Statistics compiled by the Government of India from the reports of provincial Civil Veterinary Departments
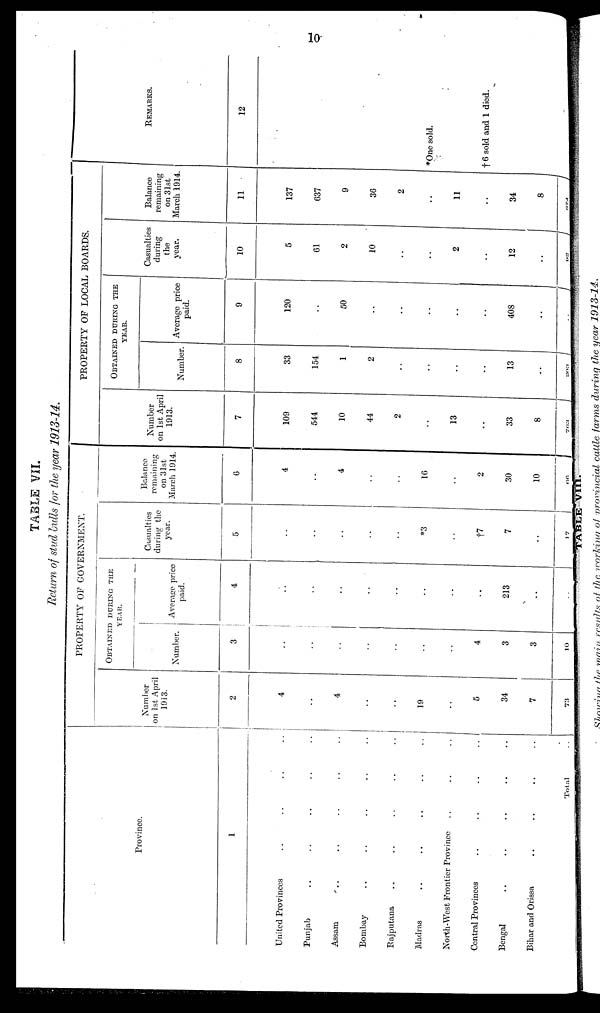
10
TABLE VII.
Return of stud bulls for the year 1913-14.
Province.
1
United Provinces .. .. .. ..
Punjab .. .. .. .. ..
Assam .. .. .. ..
Bombay .. .. .. .. ..
Rajputana .. .. .. ..
Madras .. .. .. .. ..
North-West Frontier Province .. .. ..
Central Provinces .. .. .. .. ..
Bengal .. .. .. ..
Bihar and Orissa .. .. .. ..
Total ..
PROPERTY OF GOVERNMENT.
Number
on 1st April
1913.
2
4
..
4
..
..
19
..
5
34
7
73
OBTAINED DURING THE YEAR.
Number.
3
..
..
..
..
..
..
..
4
3
3
10
Average price
paid.
4
..
..
..
..
..
..
..
..
213
..
..
Casualties
during the
year.
5
..
..
..
..
..
*3
..
†7
7
..
17
Balance
remaining
on 31st
March 1914.
6
4
..
4
..
..
16
..
2
30
10
66
PROPERTY OF LOCAL BOARDS.
Number
on 1st April
1913.
7
109
544
10
44
2
..
13
..
33
8
763
OBTAINED DURING THE YEAR.
Number.
8
33
154
1
2
..
..
..
..
13
..
..
Average price
paid.
9
120
..
50
..
..
..
..
..
408
..
..
Casualties
during
the
year.
10
5
61
2
10
..
..
2
..
12
.. 92
Balance
remaining
on 31st
March 1914.
11
137
637
9
36
2
..
11
..
34
8
874
REMARKS.
12
*One sold.
†6 sold and 1 died.